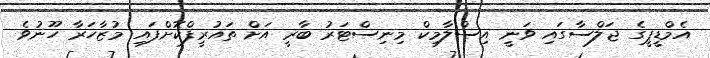
އެމްޑީޕީގެ ޖަލްސާގައި ވަނީ އިސްލާމިކް މިނިސްޓަރު ބާރީ އަށް ތައުރީފްކޮށްފައި މުޒާހަރާ ހޫނުވެ